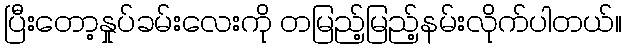
ပြီးတော့နှုပ်ခမ်းလေးကို တမြည့်မြည့်နမ်းလိုက်ပါတယ်။